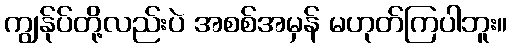
ကျွန်ုပ်တို့လည်းပဲ အစစ်အမှန် မဟုတ်ကြပါဘူး။